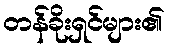
တန်ခိုးရှင်များ၏